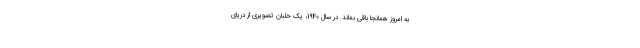
به امروز همانجا باقی بماند. در سال 1940، یک خلبان تصویری از دریای